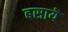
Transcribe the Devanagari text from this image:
बसायॆ